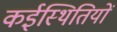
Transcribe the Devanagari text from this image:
कईस्थितियों